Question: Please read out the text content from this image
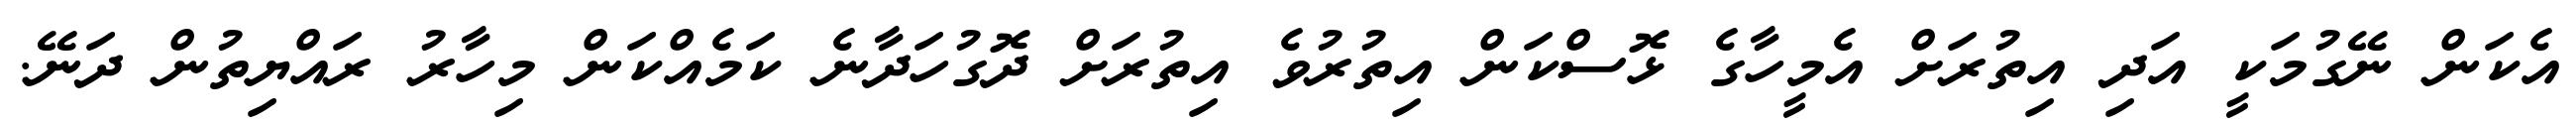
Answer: އެކަން ނޭގުމަކީ އަދި އިތުރަށް އެމީހާގެ ޅޮސްކަން އިތުރުވެ އިތުރަށް ދޮގުހަދާނެ ކަމެއްކަން މިހާރު ރައްޔިތުން ދަނޭ.